Vaccination in the Punjab 1905-1918 - 1905-1918
Year: 1905
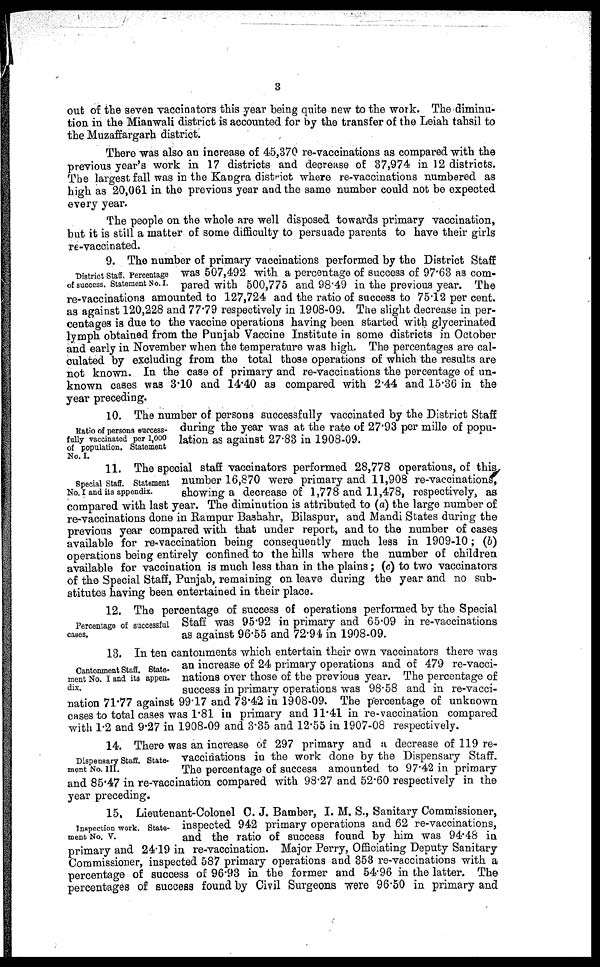
3
out of the seven vaccinators this year being quite new to the work. The diminu-
tion in the Mianwali district is accounted for by the transfer of the Leiah tahsil to
the Muzaffargarh district.
There was also an increase of 45,370 re-vaccinations as compared with the
previous year's work in 17 districts and decrease of 37,974 in 12 districts.
The largest fall was in the Kangra district where re-vaccinations numbered as
high as 20,061 in the previous year and the same number could not be expected
every year.
The people on the whole are well disposed towards primary vaccination,
but it is still a matter of some difficulty to persuade parents to have their girls
re-vaccinated.
District Staff. Percentage
of success. Statement No. I.
9. The number of primary vaccinations performed by the District Staff
was 507,492 with a percentage of success of 97.63 as com-
pared with 500,775 and 98.49 in the previous year. The
re-vaccinations amounted to 127,724 and the ratio of success to 75.12 per cent.
as against 120,228 and 77.79 respectively in 1908-09. The slight decrease in per-
centages is due to the vaccine operations having been started with glycerinated
lymph obtained from the Punjab Vaccine Institute in some districts in October
and early in November when the temperature was high. The percentages are cal-
culated by excluding from the total those operations of which the results are
not known. In the case of primary and re-vaccinations the percentage of un-
known cases was 3.10 and 14.40 as compared with 2.44 and 15.36 in the
year preceding.
Ratio of persons success-
fully vaccinated per 1,000
of population. Statement
No. I.
10. The number of persons successfully vaccinated by the District Staff
during the year was at the rate of 27.93 per mille of popu¬
lation as against 27.83 in 1908-09.
Special Staff. Statement
No. I and its appendix.
11. The special staff vaccinators performed 28,778 operations, of this
number 16,870 were primary and 11,908 re-vaccinations,
showing a decrease of 1,778 and 11,478, respectively, as
compared with last year. The diminution is attributed to (a) the large number of
re-vaccinations done in Rampur Bashahr, Bilaspur, and Mandi States during the
previous year compared with that under report, and to the number of cases
available for re-vaccination being consequently much less in 1909-10; (b)
operations being entirely confined to the hills where the number of children
available for vaccination is much less than in the plains; (c) to two vaccinators
of the Special Staff, Punjab, remaining on leave during the year and no sub-
stitutes having been entertained in their place.
Percentage of successful
cases.
12. The percentage of success of operations performed by the Special
Staff was 95.92 in primary and 65.09 in re-vaccinations
as against 96.55 and 72.94 in 1908-09.
Cantonment Staff. State¬
ment No. I and its appen¬
dix.
13. In ten cantonments which entertain their own vaccinators there was
an increase of 24 primary operations and of 479 re-vacci-
nations over those of the previous year. The percentage of
success in primary operations was 98.58 and in re-vacci-
nation 71.77 against 99.17 and 73.42 in 1908-09. The percentage of unknown
cases to total cases was 1.81 in primary and 11.41 in re-vaccination compared
with 1.2 and 9.27 in 1908-09 and 3.35 and 12.55 in 1907-08 respectively.
Dispensary Staff. State¬
ment No. III.
14. There was an increase of 297 primary and a decrease of 119 re-
vaccinations in the work done by the Dispensary Staff.
The percentage of success amounted to 97.42 in primary
and 85.47 in re-vaccination compared with 98.27 and 52.60 respectively in the
year preceding.
Inspection work. State-
ment No. V.
15, Lieutenant-Colonel C. J. Bamber, I. M. S., Sanitary Commissioner,
inspected 942 primary operations and 62 re-vaccinations,
and the ratio of success found by him was 94.48 in
primary and 24.19 in re-vaccination. Major Perry, Officiating Deputy Sanitary
Commissioner, inspected 587 primary operations and 353 re-vaccinations with a
percentage of success of 96.93 in the former and 54.96 in the latter. The
percentages of success found by Civil Surgeons were 96.50 in primary and